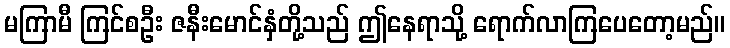
မကြာမီ ကြင်စဦး ဇနီးမောင်နှံတို့သည် ဤနေရာသို့ ရောက်လာကြပေတော့မည်။